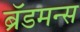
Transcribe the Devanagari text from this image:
ब्रॅडमन्स